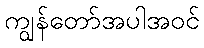
ကျွန်တော်အပါအဝင်